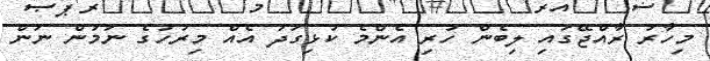
މިހާރު ރާއްޖޭގައި ލިބެން ހުރި އެންމެ ކުޅިގަދަ އެއް މިރުހުގެ ނަމުން ނަން